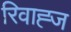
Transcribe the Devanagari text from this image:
रिवाह्ज